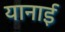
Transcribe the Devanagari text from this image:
यानाई